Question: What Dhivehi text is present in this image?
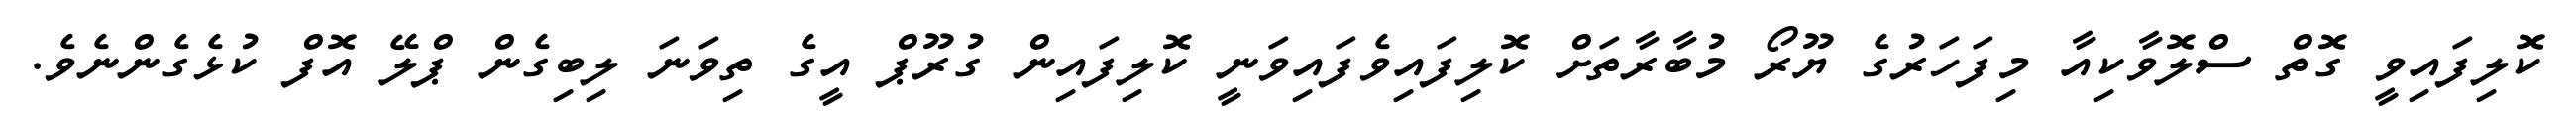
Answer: ކޮލިފައިވީ ގޮތް ސްލޮވާކިއާ މިފަހަރުގެ ޔޫރޯ މުބާރާތަށް ކޮލިފައިވެފައިވަނީ ކޮލިފައިން ގުރޫޕް އީގެ ތިވަނަ ލިބިގެން ޕްލޭ އޮފް ކުޅެގެންނެވެ.